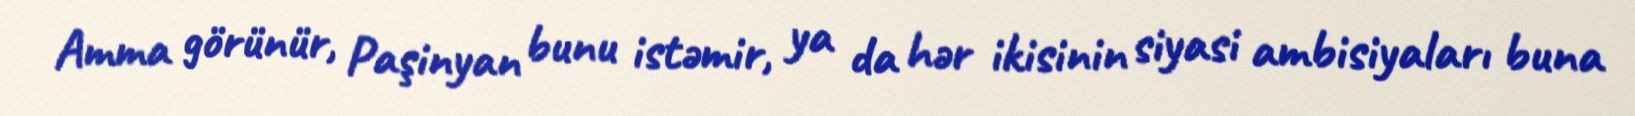
Amma görünür, Paşinyan bunu istəmir, ya da hər ikisinin siyasi ambisiyaları buna